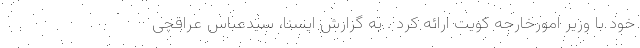
خود با وزیر امورخارجه کویت ارائه کرد . به گزارش ایسنا، سیدعباس عراقچی